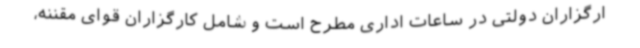
ارگزاران دولتی در ساعات اداری مطرح است و شامل کارگزاران قوای مقننه،